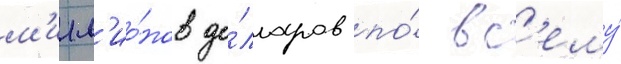
м'илл'ио́нов до́лларов по́ вс'ему́